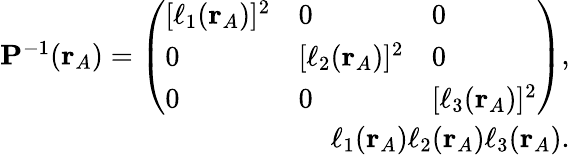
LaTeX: \begin{array}{r}{\mathbf{P}^{-1}(\mathbf{r}_{A})=\left(\begin{array}{lll}{[\ell_{1}(\mathbf{r}_{A})]^{2}}&{0}&{0}\\ {0}&{[\ell_{2}(\mathbf{r}_{A})]^{2}}&{0}\\ {0}&{0}&{[\ell_{3}(\mathbf{r}_{A})]^{2}}\end{array}\right),}\\ {\ell_{1}(\mathbf{r}_{A})\le\ell_{2}(\mathbf{r}_{A})\le\ell_{3}(\mathbf{r}_{A}).}\end{array}